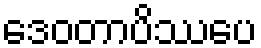
ဒေဝတာပိဿပေ